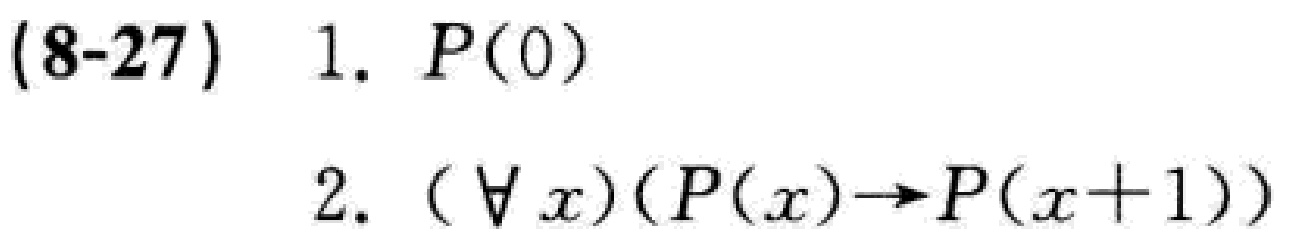
(8-27) 1. \(P(0)\)

2. \((\forall x)(P(x)\rightarrow P(x + 1))\)